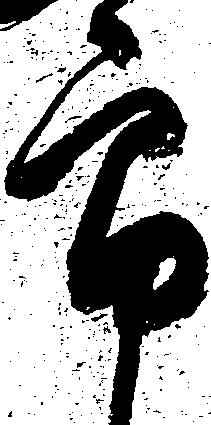
郎